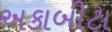
અકાબીટા